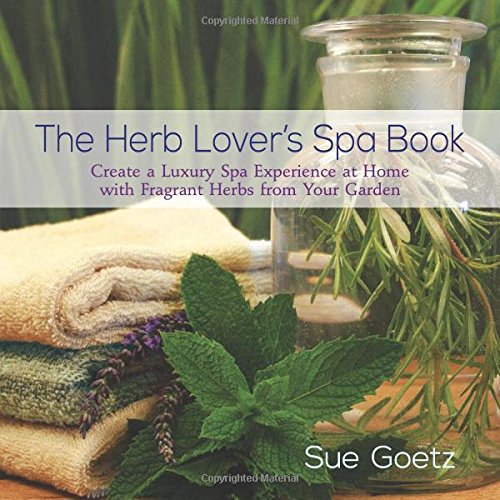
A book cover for The Herb Lover's Spa Book: Create a Luxury Spa Experience at Home with Fragrant Herbs from Your Garden; Sue Goetz; Crafts, Hobbies & Home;